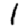
Digit: 1